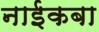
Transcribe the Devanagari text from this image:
नाईकबा